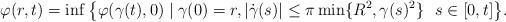
LaTeX: \begin{align*}\varphi(r,t)=\inf\big\{\varphi(\gamma(t),0)\mid \gamma(0)=r, |\dot{\gamma}(s)|\le \pi\min\{R^2, \gamma(s)^2\} \ \ s\in[0,t]\big\}. \end{align*}